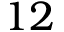
1 2